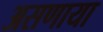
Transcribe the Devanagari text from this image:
असणाया